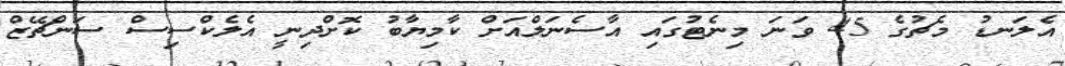
އެލަނޑު މެޗުގެ 45 ވަނަ މިނެޓުގައި އާސެނަލްއަށް ކާމިޔާބު ކޮށްދިނީ އެލެކްސިސް ސަންޗޭޒް